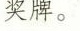
奖牌。